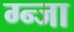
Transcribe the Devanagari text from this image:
ग्न्जा